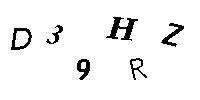
D39HRZ